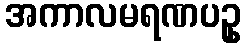
အကာလမရဏပဥှ